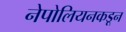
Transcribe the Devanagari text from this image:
नेपोलियनकडून